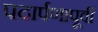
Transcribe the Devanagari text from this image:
पदार्पणापूर्वी